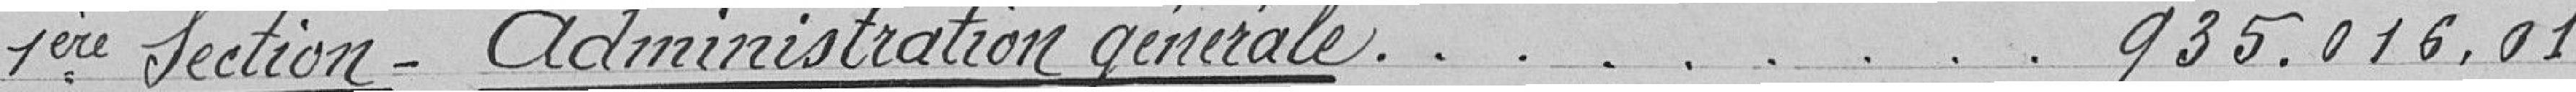
1ère Section - administration générale . . . . . . . . . 935.016,01